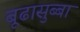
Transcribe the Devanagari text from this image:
बूढासुब्बा